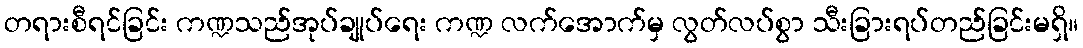
တရားစီရင်ခြင်း ကဏ္ဍသည်အုပ်ချုပ်ရေး ကဏ္ဍ လက်အောက်မှ လွတ်လပ်စွာ သီးခြားရပ်တည်ခြင်းမရှိ။